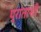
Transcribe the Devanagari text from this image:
प्रांताशी